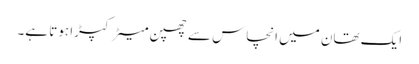
ایک تھان میں انچاس سے چھپن میٹر کپڑا ہوتا ہے۔